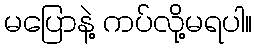
မပြောနဲ့ ကပ်လို့မရပါ။